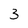
Character: 3